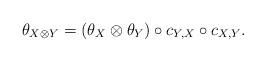
LaTeX: \begin{align*} \theta_{X\otimes Y}=(\theta_X \otimes \theta_Y) \circ c_{Y,X}\circ c_{X,Y}.\end{align*}